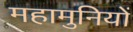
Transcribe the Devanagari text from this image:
महामुनियों